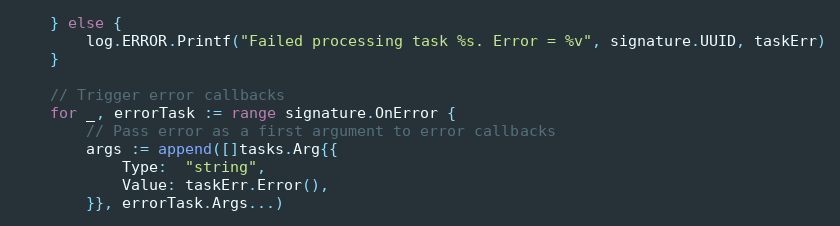
Language: Go
	} else {
		log.ERROR.Printf("Failed processing task %s. Error = %v", signature.UUID, taskErr)
	}

	// Trigger error callbacks
	for _, errorTask := range signature.OnError {
		// Pass error as a first argument to error callbacks
		args := append([]tasks.Arg{{
			Type:  "string",
			Value: taskErr.Error(),
		}}, errorTask.Args...)